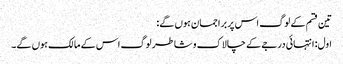
تین قسم کے لوگ اس پر براجمان ہوں گے:
اول: انتہائی درجے کے چالاک و شاطر لوگ اس کے مالک ہوں گے۔